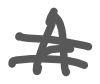
Text: A
Cross-out: double-line
Writing tool: digital_gray